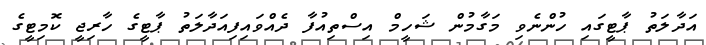
އަދާލަތު ޕާޓީގައި ހުންނެވި މަގާމުން ޝަހީމް އިސްތިއުފާ ދެއްވައިފިއަދާލަތު ޕާޓީގެ ހާރިޖީ ކޮމިޓީގެ